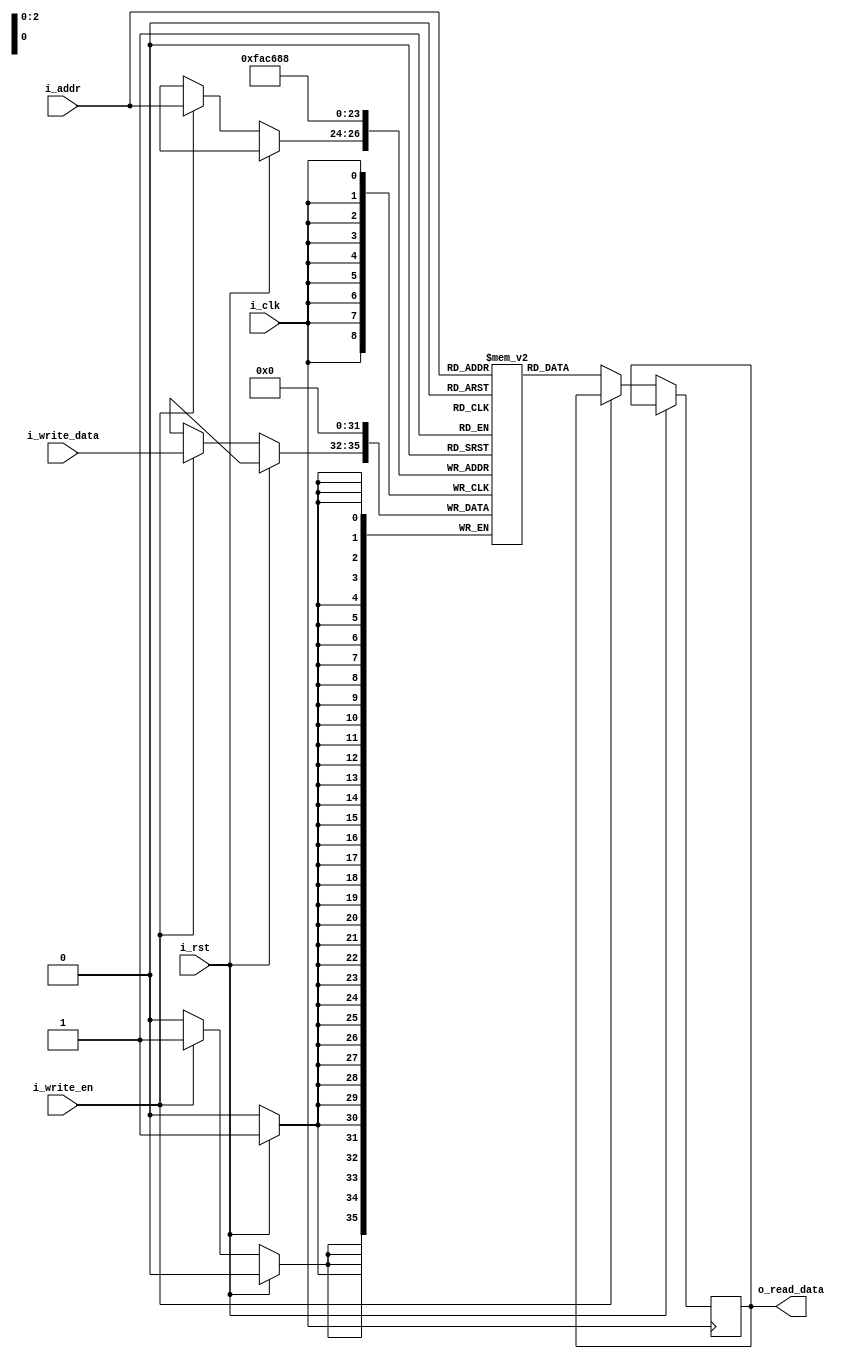
`timescale 1ns / 1ps
//////////////////////////////////////////////////////////////////////////////////
// Company: 
// Engineer: 
// 
// Design Name: 
// Module Name: ram
// Project Name: 
// Target Devices: 
// Tool Versions: 
// Description: 
// 
// Dependencies: 
// 
// Revision:
// Revision 0.01 - File Created
// Additional Comments:
// 
//////////////////////////////////////////////////////////////////////////////////


module ram(i_clk, i_rst, i_write_en, i_addr, i_write_data, o_read_data);
    input i_clk, i_rst, i_write_en;
    input [2:0] i_addr;
    input [3:0] i_write_data;
    output reg [3:0] o_read_data;
    
    reg [3:0] mem [0:7];
    
    always @ (posedge i_clk) begin
        if(i_rst) begin
            mem[0]<= 4'b0;
            mem[1]<= 4'b0;
            mem[2]<= 4'b0;
            mem[3]<= 4'b0;
            mem[4]<= 4'b0;
            mem[5]<= 4'b0;
            mem[6]<= 4'b0;
            mem[7]<= 4'b0;
        end 
        else begin
            if(i_write_en)
                mem[i_addr] <= i_write_data;
            else
                o_read_data <= mem[i_addr];
            end
        end
            
endmodule